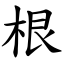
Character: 根